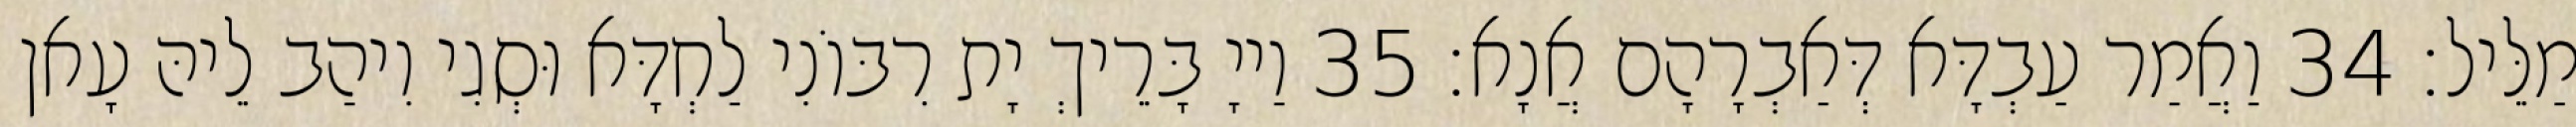
מַלֵּיל׃ 34 וַאֲמַר עַבְדָּא דְּאַבְרָהָם אֲנָא׃ 35 וַייָ בָּרֵיךְ יָת רִבּוֹנִי לַחְדָּא וּסְגִי וִיהַב לֵיהּ עָאן